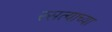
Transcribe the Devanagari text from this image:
रसत्याच्या